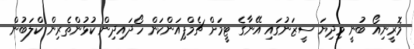
މޮރީނިއޯ ބުނީ މިދިޔަ ސީޒަނުގައި އޭނާގެ ޓީމަށް ޗެމްޕިއަންކަން ހޯދައިދިން ކުޅުންތެރިން ކްލަބުން